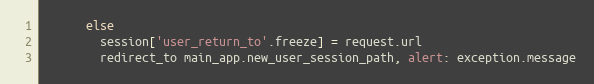
Language: Ruby
      else
        session['user_return_to'.freeze] = request.url
        redirect_to main_app.new_user_session_path, alert: exception.message